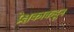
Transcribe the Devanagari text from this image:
प्रेक्षकाकडून